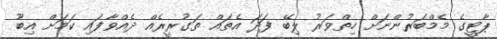
ޕާޓީގެ މެމްބަރުންނަށް ހިތްވަރު ލިބޭ ފަދަ އެތައް ތަގުރީރެއް ދެއްވާފައި ކަަމަށް އިބޫ